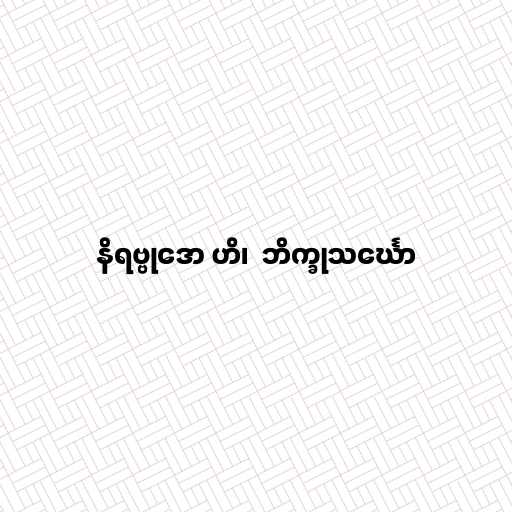
နိရဗ္ဗုဒော ဟိ၊  ဘိက္ခုသင်္ဃော